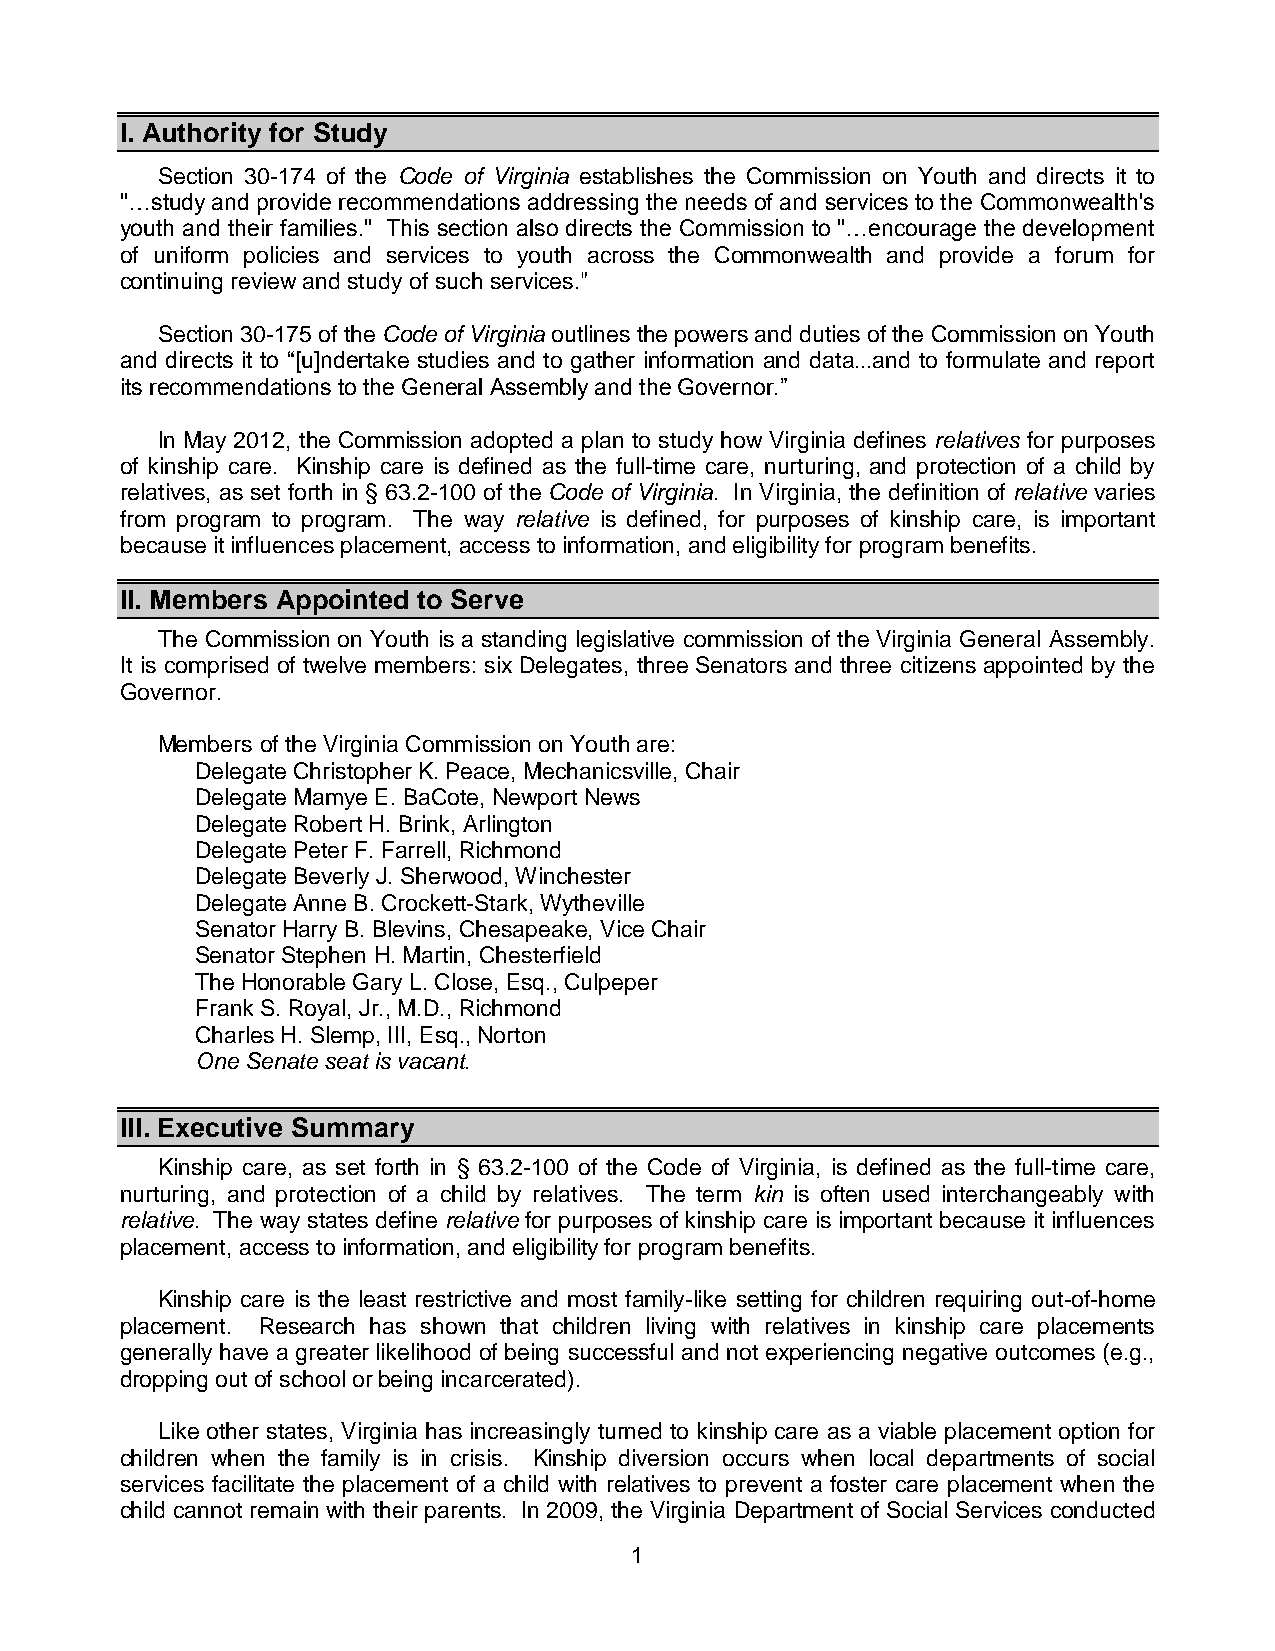
I. Authority for Study
 Section 30-174 of the Code of Virginia establishes the Commission on Youth and directs it to
 "…study and provide recommendations addressing the needs of and services to the Commonwealth's
 youth and their families." This section also directs the Commission to "…encourage the development
 of uniform policies and services to youth across the Commonwealth and provide a forum for
 continuing review and study of such services."
 Section 30-175 of the Code of Virginia outlines the powers and duties of the Commission on Youth
 and directs it to “[u]ndertake studies and to gather information and data...and to formulate and report
 its recommendations to the General Assembly and the Governor.”
 In May 2012, the Commission adopted a plan to study how Virginia defines relatives for purposes
 of kinship care. Kinship care is defined as the full-time care, nurturing, and protection of a child by
 relatives, as set forth in § 63.2-100 of the Code of Virginia. In Virginia, the definition of relative varies
 from program to program. The way relative is defined, for purposes of kinship care, is important
 because it influences placement, access to information, and eligibility for program benefits.
 II. Members Appointed to Serve
 The Commission on Youth is a standing legislative commission of the Virginia General Assembly.
 It is comprised of twelve members: six Delegates, three Senators and three citizens appointed by the
 Governor.
 Members of the Virginia Commission on Youth are:
 Delegate Christopher K. Peace, Mechanicsville, Chair
 Delegate Mamye E. BaCote, Newport News
 Delegate Robert H. Brink, Arlington
 Delegate Peter F. Farrell, Richmond
 Delegate Beverly J. Sherwood, Winchester
 Delegate Anne B. Crockett-Stark, Wytheville
 Senator Harry B. Blevins, Chesapeake, Vice Chair
 Senator Stephen H. Martin, Chesterfield
 The Honorable Gary L. Close, Esq., Culpeper
 Frank S. Royal, Jr., M.D., Richmond
 Charles H. Slemp, III, Esq., Norton
 One Senate seat is vacant.
 III. Executive Summary
 Kinship care, as set forth in § 63.2-100 of the Code of Virginia, is defined as the full-time care,
 nurturing, and protection of a child by relatives. The term kin is often used interchangeably with
 relative. The way states define relative for purposes of kinship care is important because it influences
 placement, access to information, and eligibility for program benefits.
 Kinship care is the least restrictive and most family-like setting for children requiring out-of-home
 placement. Research has shown that children living with relatives in kinship care placements
 generally have a greater likelihood of being successful and not experiencing negative outcomes (e.g.,
 dropping out of school or being incarcerated).
 Like other states, Virginia has increasingly turned to kinship care as a viable placement option for
 children when the family is in crisis. Kinship diversion occurs when local departments of social
 services facilitate the placement of a child with relatives to prevent a foster care placement when the
 child cannot remain with their parents. In 2009, the Virginia Department of Social Services conducted
 1